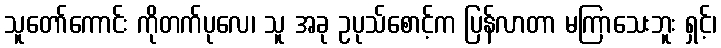
သူတော်ကောင်း ကိုတက်ပုလေ၊ သူ အခု ဥပုသ်စောင့်က ပြန်လာတာ မကြာသေးဘူး ရှင့်၊